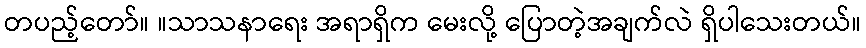
တပည့်တော်။ ။သာသနာရေး အရာရှိက မေးလို့ ပြောတဲ့အချက်လဲ ရှိပါသေးတယ်။